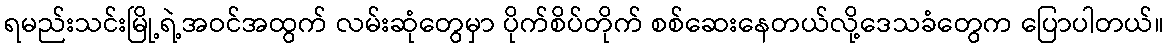
ရမည်းသင်းမြို့ရဲ့အဝင်အထွက် လမ်းဆုံတွေမှာ ပိုက်စိပ်တိုက် စစ်ဆေးနေတယ်လို့ဒေသခံတွေက ပြောပါတယ်။